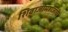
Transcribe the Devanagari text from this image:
शिवाजीमहाजांचे